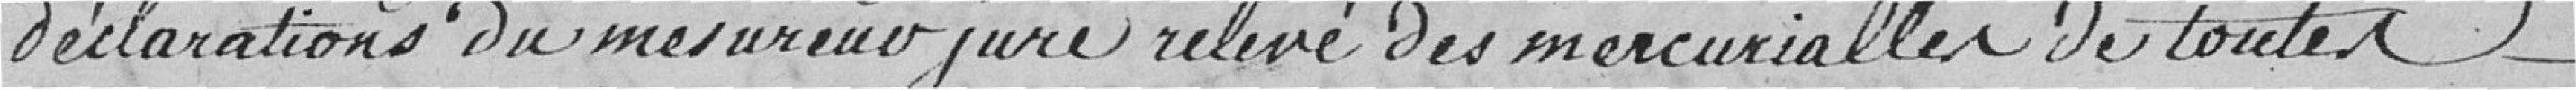
déclarations du mesureur juré relevé des mercurialler de toutes